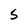
Character: S